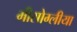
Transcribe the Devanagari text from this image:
मीसोग्लीया